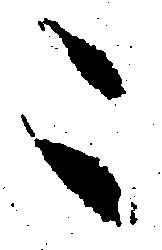
こ